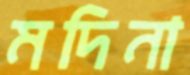
মদিনা